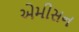
એમીસન